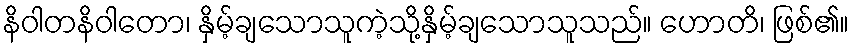
နိဝါတနိဝါတော၊ နှိမ့်ချသောသူကဲ့သို့နှိမ့်ချသောသူသည်။ ဟောတိ၊ ဖြစ်၏။